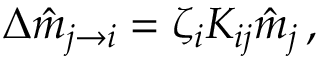
\Delta \hat { m } _ { j \rightarrow i } = \zeta _ { i } K _ { i j } \hat { m } _ { j } \, ,